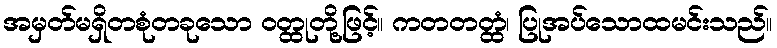
အမှတ်မရှိတစုံတခုသော ဝတ္ထုတို့ဖြင့်။ ကတတတ္ထံ၊ ပြုအပ်သောထမင်းသည်။